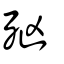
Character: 𣧑